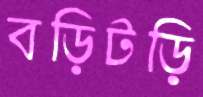
বড়িটড়ি